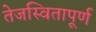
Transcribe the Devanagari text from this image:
तेजस्वितापूर्ण